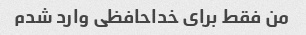
من فقط برای خداحافظی وارد شدم